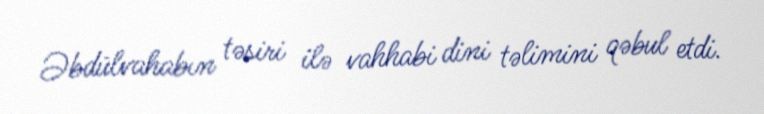
Əbdülvahabın təsiri ilə vahhabi dini təlimini qəbul etdi.